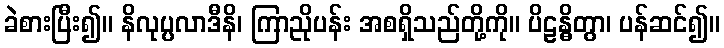
ခဲစားပြီး၍။ နိလုပ္ပလာဒီနိ၊ ကြာညိုပန်း အစရှိသည်တို့ကို။ ပိဠန္ဓိတွာ၊ ပန်ဆင်၍။